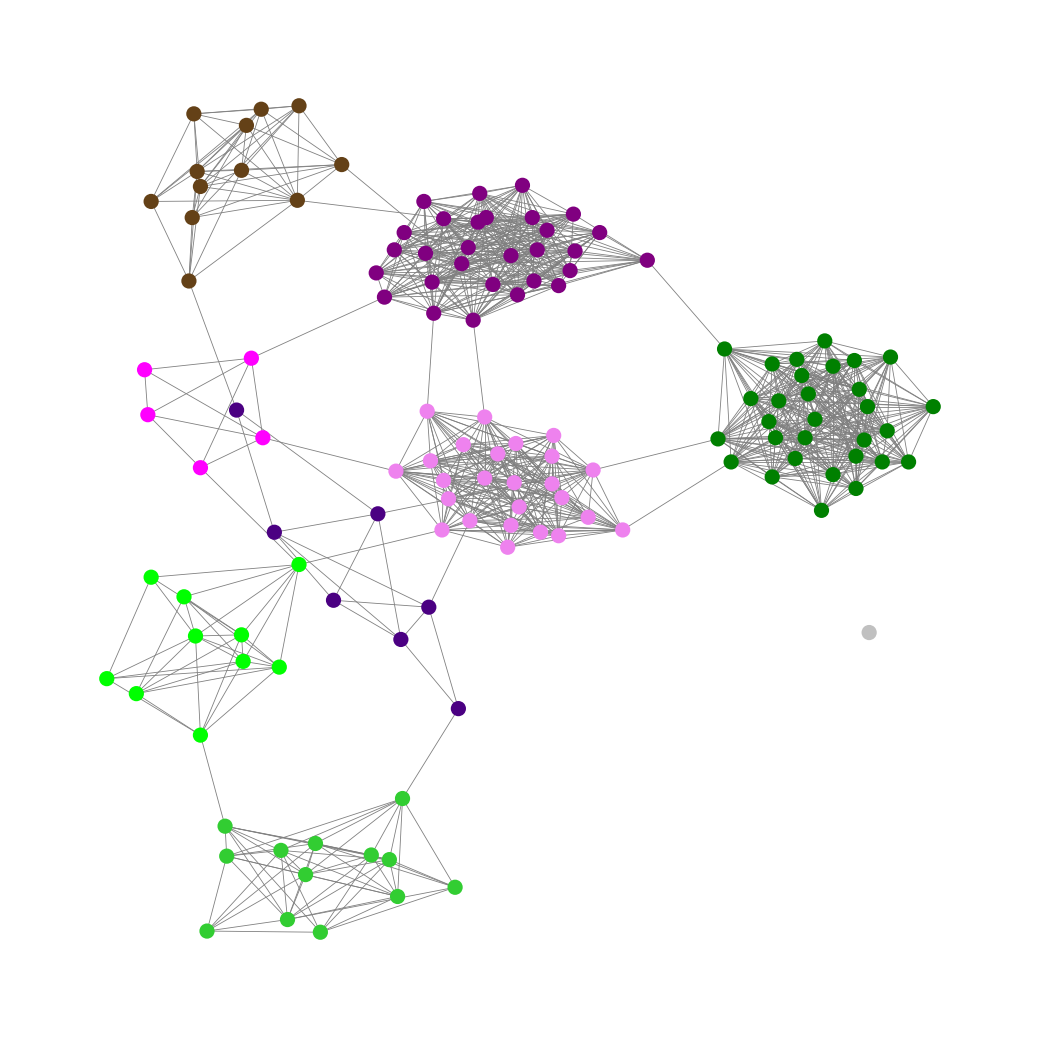
Graph connected: No
Number of connected components: 2
Number of singletons: 1
Total number of nodes: 132
Total number of edges: 985
Number of communities: 9
Community sizes:
Fuchsia: 5
Green: 30
Indigo: 7
Lime: 10
Lime Green: 13
Pullman Brown: 12
Purple: 29
Silver: 1
Violet: 25
Graph layout: tda
Graph generation method: erdos_renyi